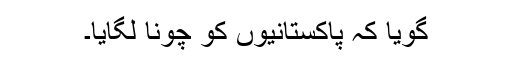
گویا کہ پاکستانیوں کو چونا لگایا۔